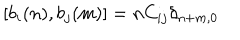
LaTeX: [ b _ { i } ( n ) , b _ { j } ( m ) ] = n C _ { i j } \delta _ { n + m , 0 }